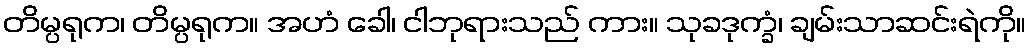
တိမ္ပရုက၊ တိမ္ပရုက။ အဟံ ခေါ၊ ငါဘုရားသည် ကား။ သုခဒုက္ခံ၊ ချမ်းသာဆင်းရဲကို။